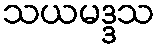
သယမဒ္ဒသ